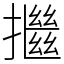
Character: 𢷖